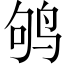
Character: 鸲